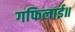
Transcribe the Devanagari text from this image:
गफिलाई॥